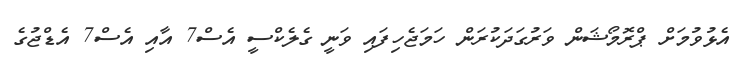
އެޅުވުމަށް ޕްރޮމޯޝަން ވަރުގަދަކުރަން ހަމަޖެހިފައި ވަނީ ގެލެކްސީ އެސް7 އާއި އެސް7 އެޑްޖުގެ